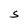
Character: S